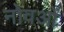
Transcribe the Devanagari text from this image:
नोवओं